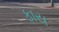
ફાય